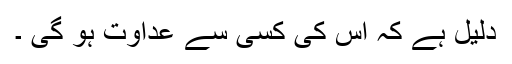
دلیل ہے کہ اس کی کسی سے عداوت ہو گی ۔